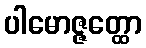
ပါမောဇ္ဇတ္ထော